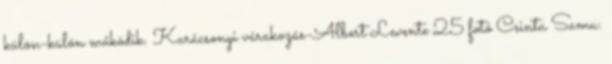
külön-külön működik. Karácsonyi várakozás-Albert Levente 25 fotó Csinta Samu: